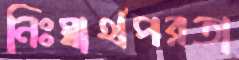
নিঃস্বার্থপরতা